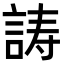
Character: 𬢪